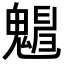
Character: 𩴋